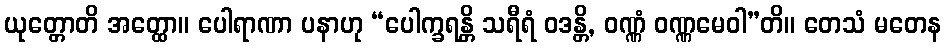
ယုတ္တောတိ အတ္ထော။ ပေါရာဏာ ပနာဟု “ပေါက္ခရန္တိ သရီရံ ဝဒန္တိ, ဝဏ္ဏံ ဝဏ္ဏမေဝါ”တိ။ တေသံ မတေန